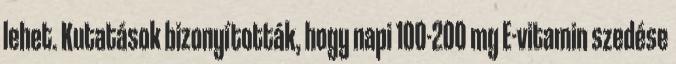
lehet. Kutatások bizonyították, hogy napi 100-200 mg E-vitamin szedése